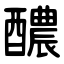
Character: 醲